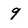
Character: 9